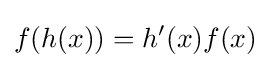
f(h(x))=h'(x)f(x)